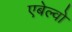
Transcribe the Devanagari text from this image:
एबेल्वो